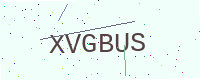
Text: XVGBUS